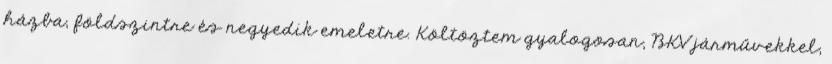
házba, földszintre és negyedik emeletre. Költöztem gyalogosan, BKV járművekkel,